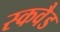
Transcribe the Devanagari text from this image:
स्कवैड